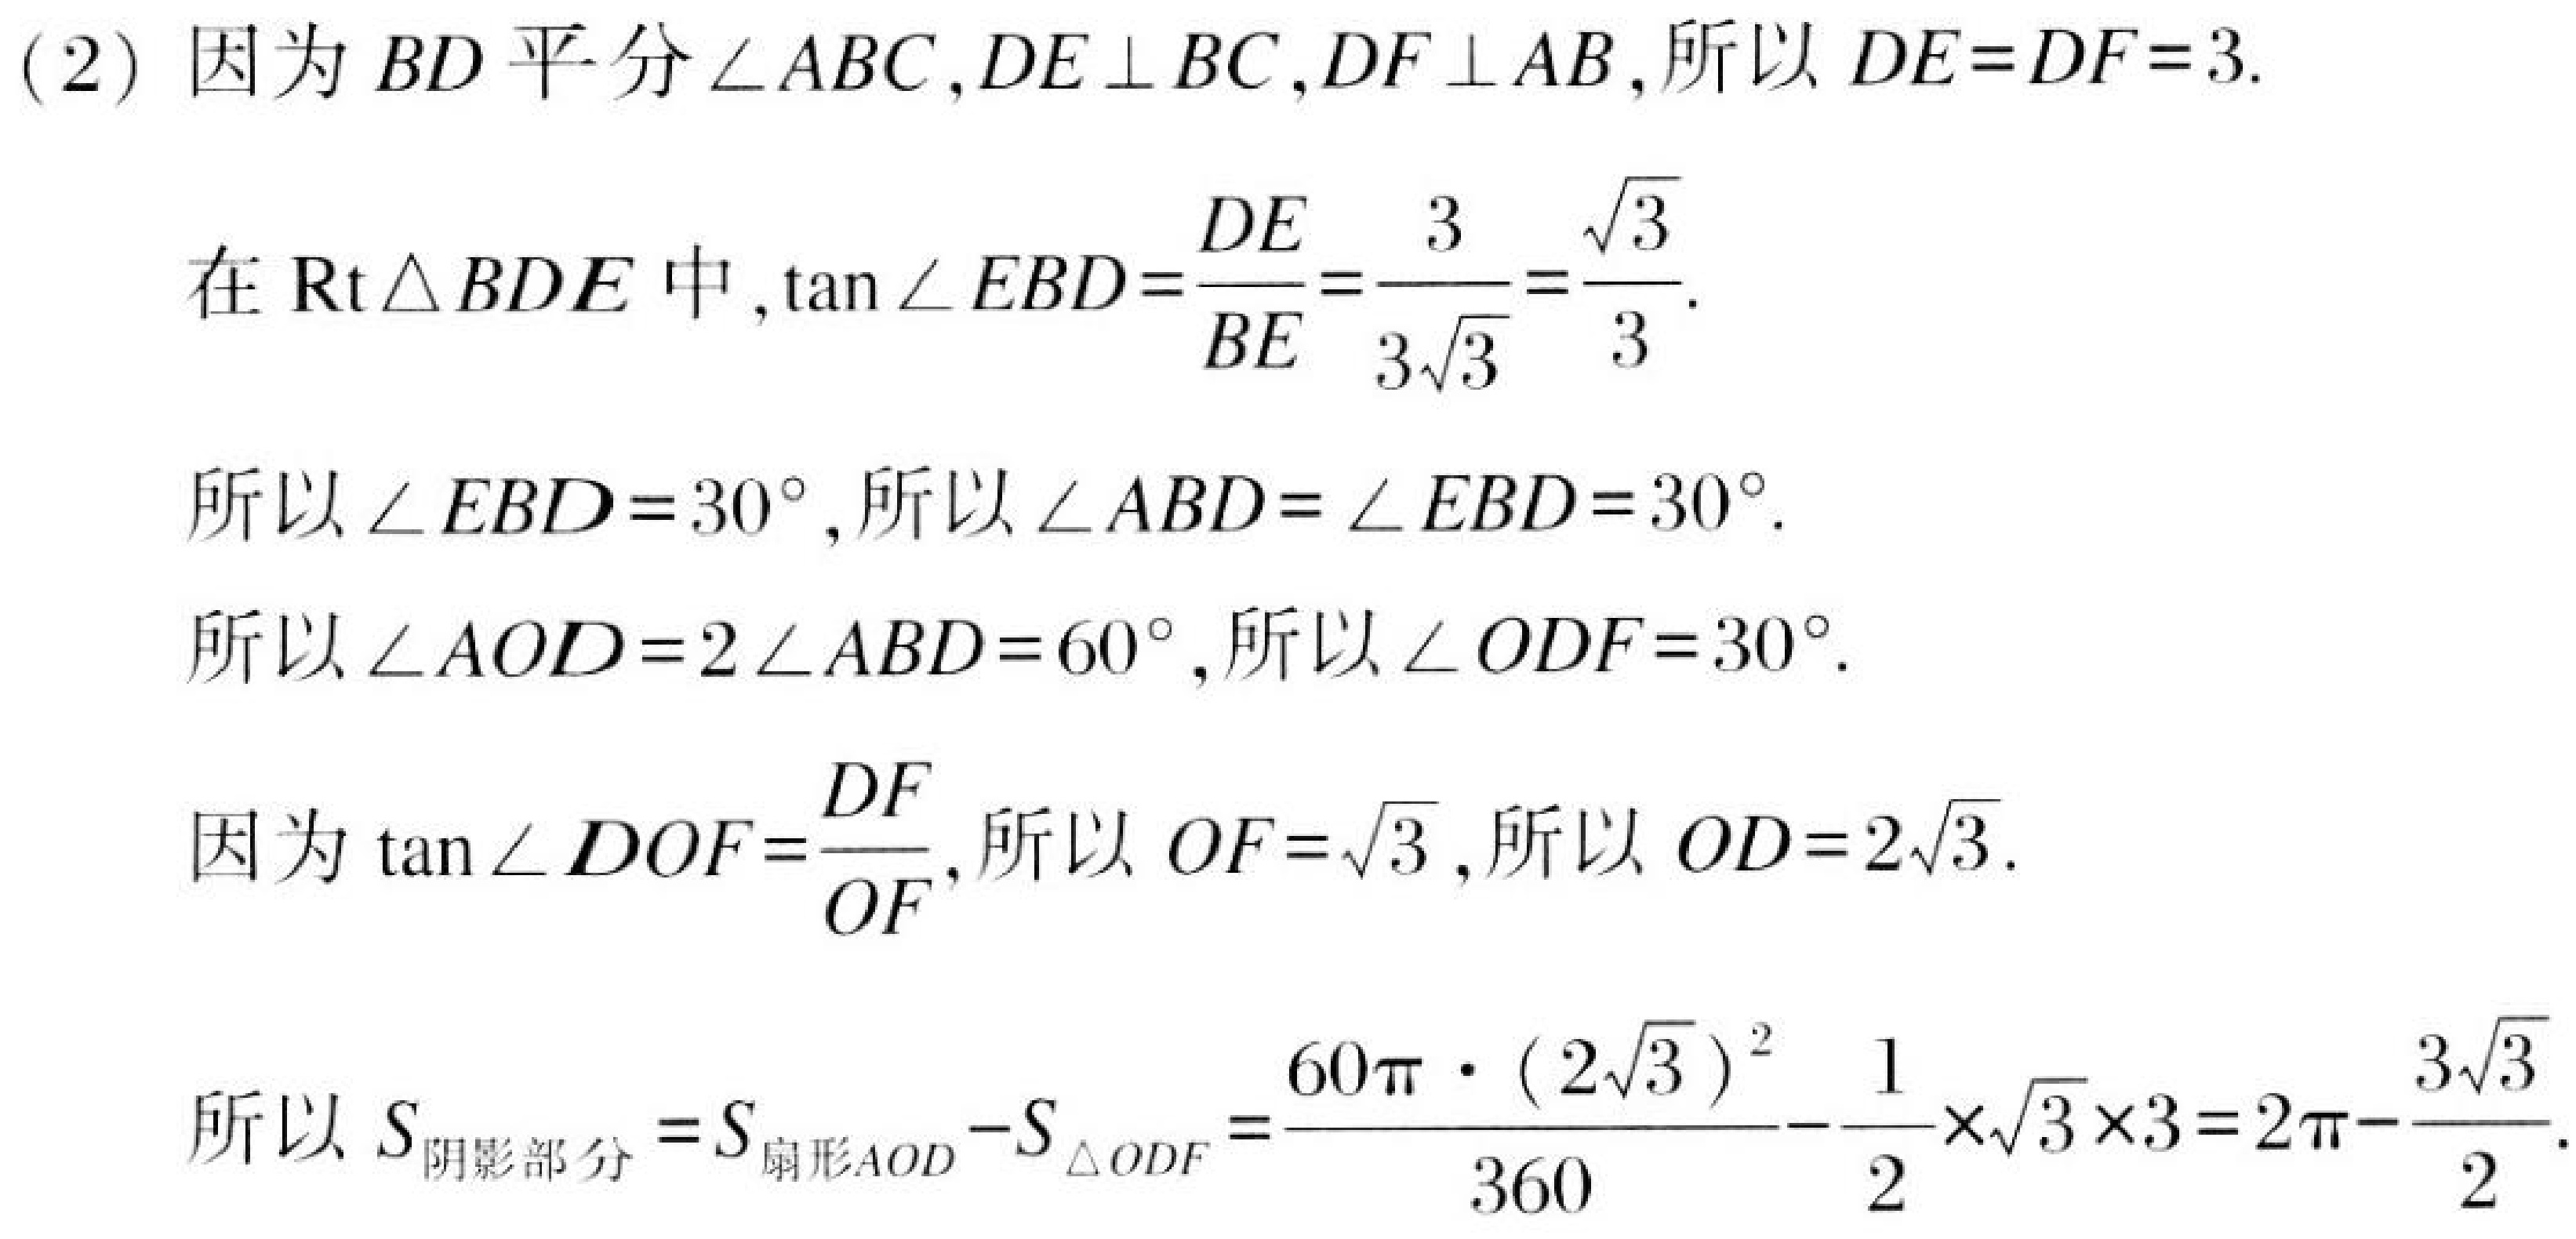
(2) 因为 \(BD\) 平分\(\angle ABC\)，\(DE\perp BC\)，\(DF\perp AB\)，所以 \(DE = DF = 3\).
在 \(\text{Rt}\triangle BDE\) 中，\(\tan\angle EBD=\frac{DE}{BE}=\frac{3}{3\sqrt{3}}=\frac{\sqrt{3}}{3}\).
所以 \(\angle EBD = 30^{\circ}\)，所以 \(\angle ABD=\angle EBD = 30^{\circ}\).
所以 \(\angle AOD = 2\angle ABD = 60^{\circ}\)，所以 \(\angle ODF = 30^{\circ}\).
因为 \(\tan\angle DOF=\frac{DF}{OF}\)，所以 \(OF = \sqrt{3}\)，所以 \(OD = 2\sqrt{3}\).
所以 \(S_{阴影部分}=S_{扇形AOD}-S_{\triangle ODF}=\frac{60\pi\cdot(2\sqrt{3})^{2}}{360}-\frac{1}{2}\times\sqrt{3}\times3 = 2\pi-\frac{3\sqrt{3}}{2}\).